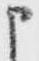
申